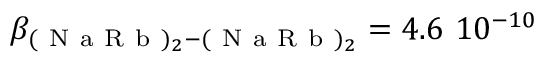
\beta _ { ( \mathrm { ~ N ~ a ~ R ~ b ~ } ) _ { 2 } - ( \mathrm { ~ N ~ a ~ R ~ b ~ } ) _ { 2 } } = 4 . 6 \ 1 0 ^ { - 1 0 }